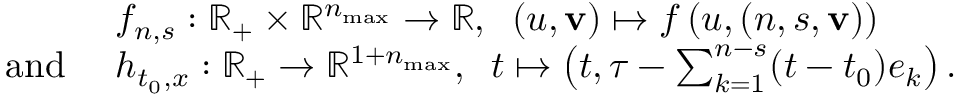
\begin{array} { r l } & { f _ { n , s } : \mathbb { R } _ { + } \times \mathbb { R } ^ { n _ { \operatorname* { m a x } } } \to \mathbb { R } , \; \; ( u , \mathbf { v } ) \mapsto f \left( u , ( n , s , \mathbf { v } ) \right) } \\ { \mathrm { a n d ~ } } & { h _ { t _ { 0 } , x } : \mathbb { R } _ { + } \to \mathbb { R } ^ { 1 + n _ { \operatorname* { m a x } } } , \; \; t \mapsto \left( t , \tau - \sum _ { k = 1 } ^ { n - s } ( t - t _ { 0 } ) e _ { k } \right) . } \end{array}